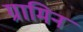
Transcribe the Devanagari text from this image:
ग्रामिन